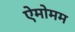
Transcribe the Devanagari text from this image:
ऐमोमम